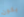
يكون